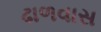
ઢાળવાસ